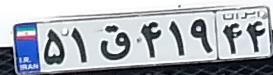
۵۱ق۴۱۹۴۴